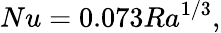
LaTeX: Nu=0.073Ra^{1/3},